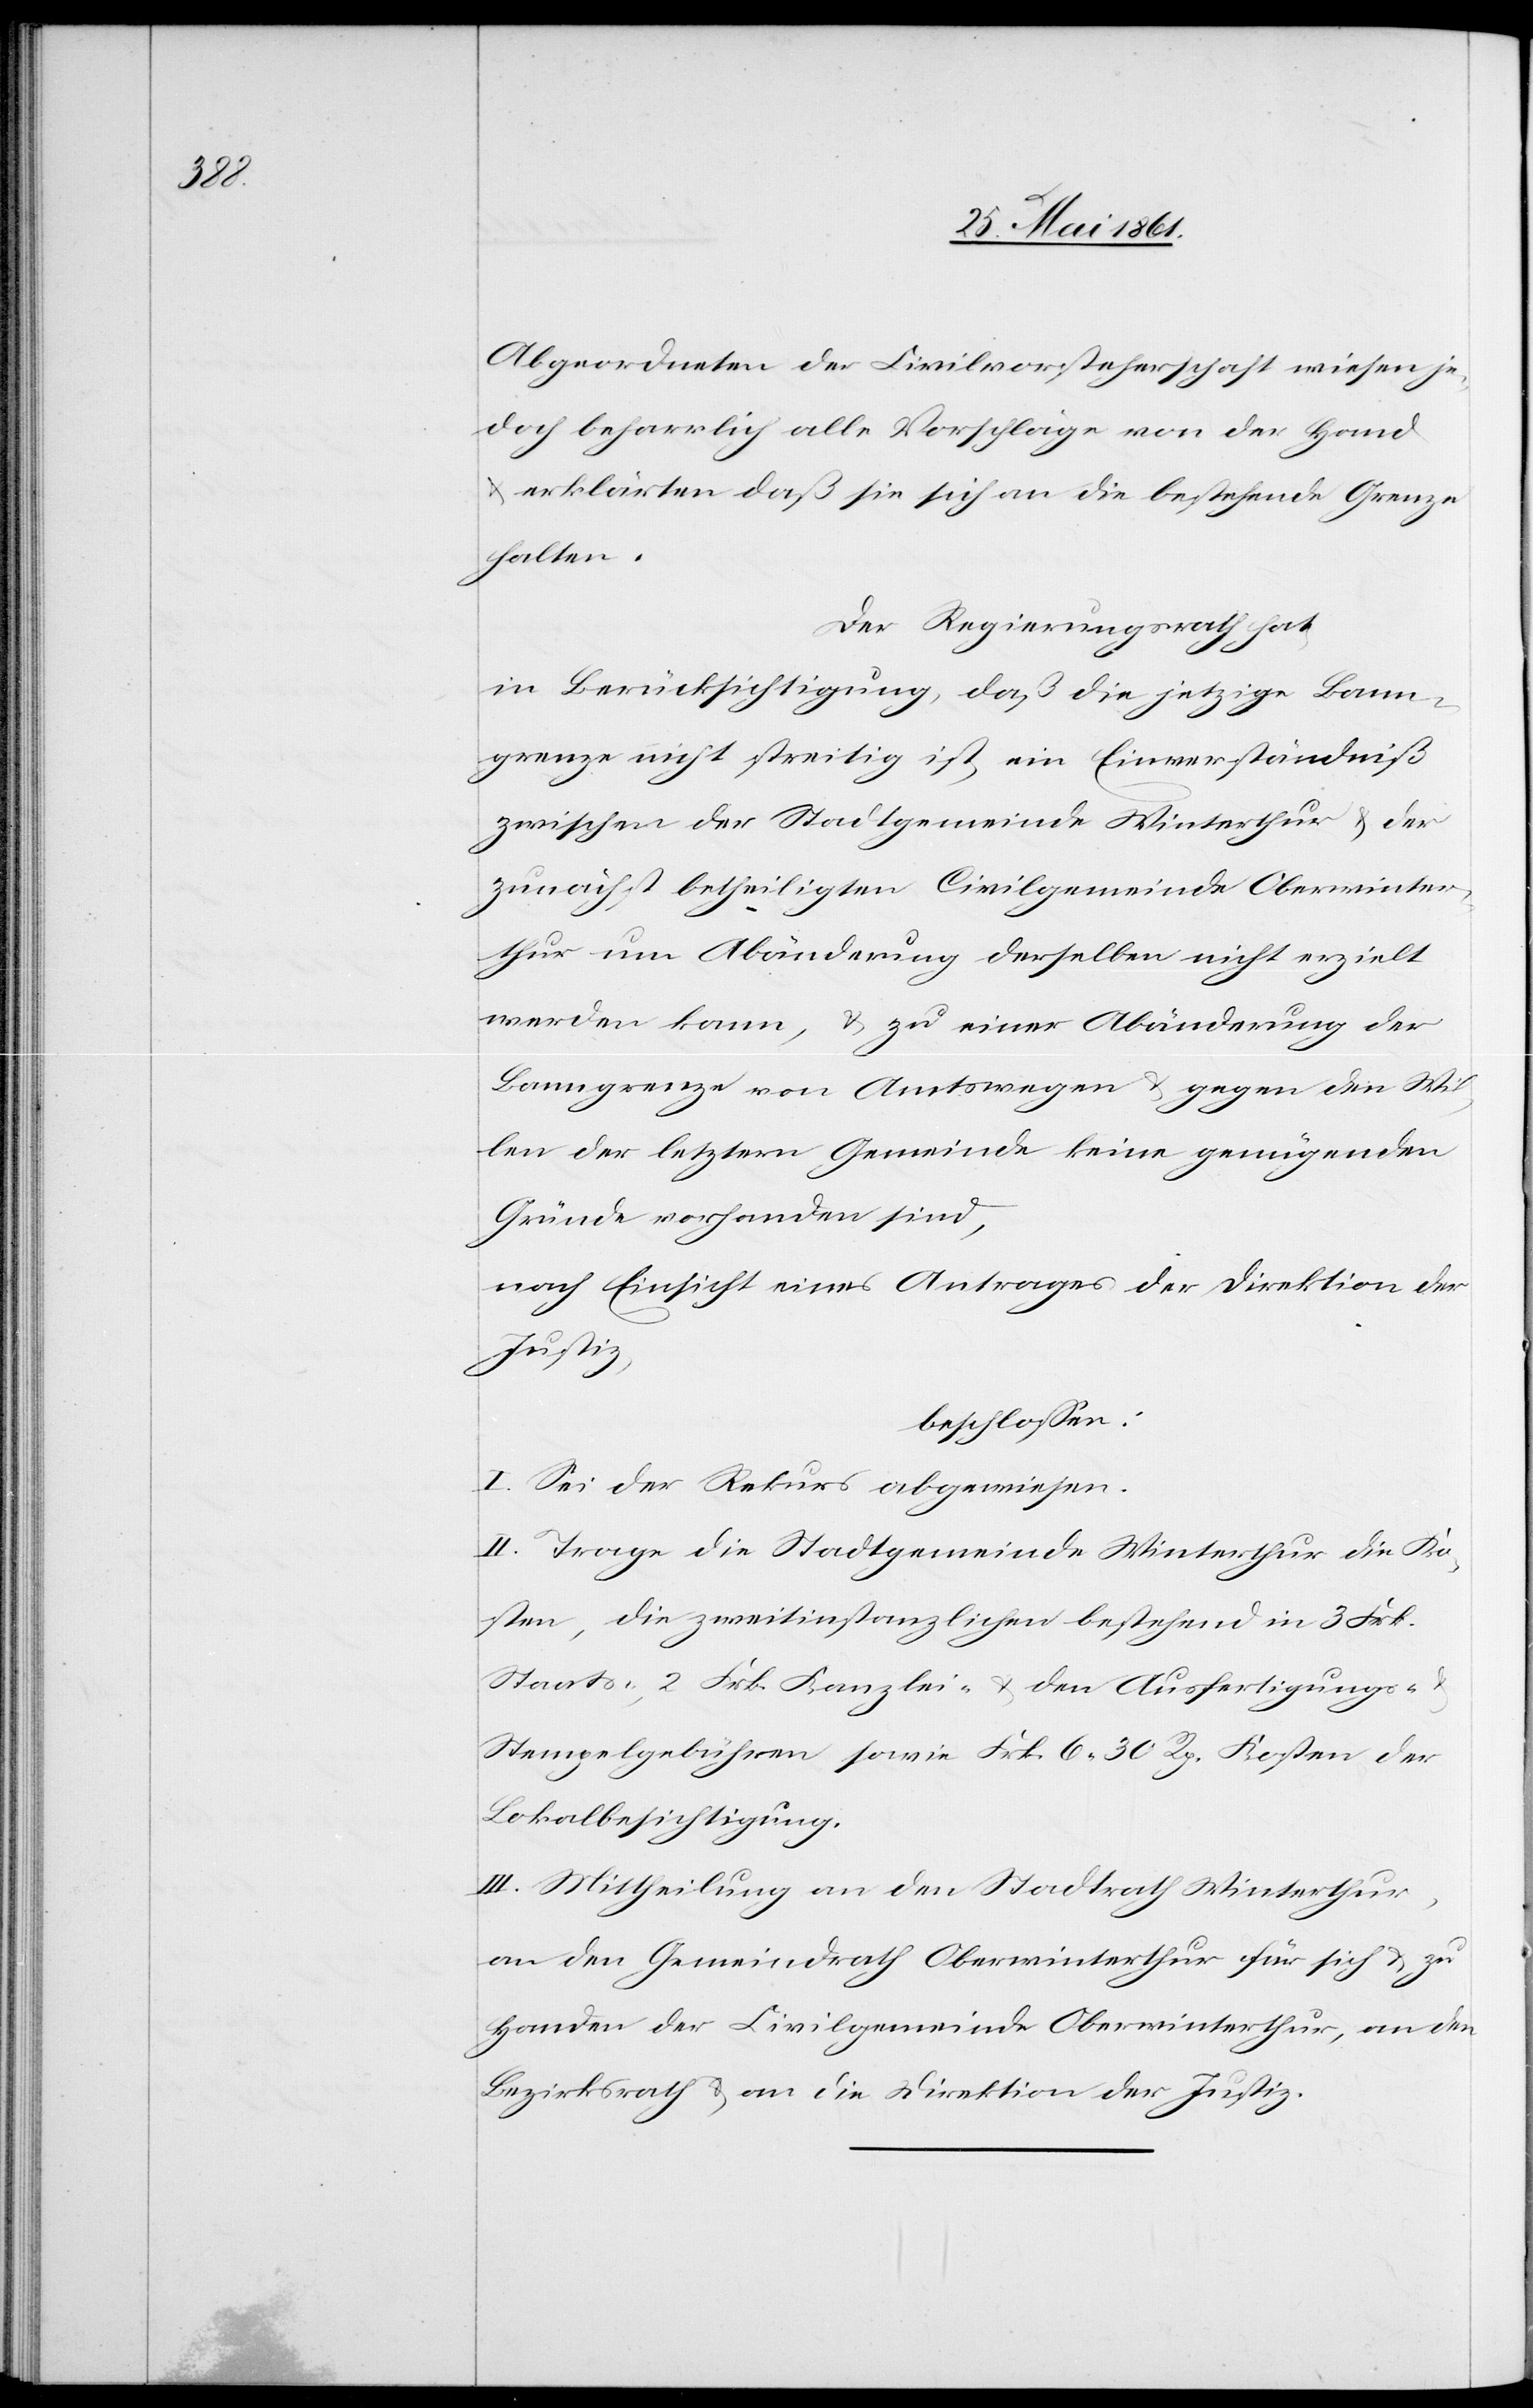
Abgeordneten der Civilvorsteherschaft wiesen je¬
doch beharrlich alle Vorschläge von der Hand
erklärten, daß sie sich an die bestehende Grenze
halten.
Der Regierungsrath hat
in Berücksichtigung, daß die jetzige Bann¬
grenze nicht streitig ist, ein Einverständniß
zwischen der Stadtgemeinde Winterthur u. der
zunächst betheiligten Civilgemeinde Oberwinter¬
thur um Abänderung derselben nicht erzielt
werden kann, u. zu einer Abänderung der
Banngrenze von Amtswegen u. gegen den Wil¬
len der letztern Gemeinde keine genügenden
Gründe vorhanden sind,
nach Einsicht eines Antrages der Direktion der
Justiz,
beschlossen:
I. Sei der Rekurs abgewiesen.
II. Trage die Stadtgemeinde Winterthur die Ko¬
sten, die zweitinstanzlichen bestehend in 3 Frk.
Staats-, 2 Frk. Kanzlei- u. den Ausfertigungs-
Stempelgebühren sowie Frk. 6 30 Rp. Kosten der
Lokalbesichtigung.
III. Mitteilung an den Stadtrath Winterthur,
an den Gemeindrath Oberwinterthur für sich u. zu
Handen der Civilgemeinde Oberwinterthur, an den
Bezirksrath u. an die Direktion der Justiz.